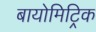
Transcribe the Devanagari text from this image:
बायोमिट्रिक